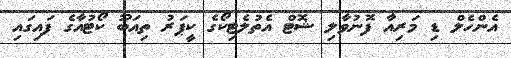
އެންހެލް ޑި މަރިއާ ފޮނުވާލި ޝޮޓް އެތުލެޓިކޯގެ ކީޕަރު ތިއަބޫ ކޯޓުއާގެ ފައިގައި